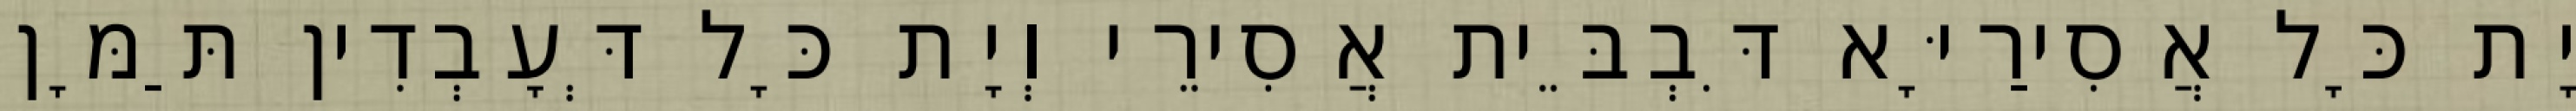
יָת כָּל אֲסִירַיָּא דִּבְבֵּית אֲסִירֵי וְיָת כָּל דְּעָבְדִין תַּמָּן